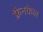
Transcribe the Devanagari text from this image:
फ्रैनकेल